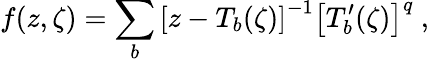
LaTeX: f(z,\zeta)=\sum_{b}\left[z-T_{b}(\zeta)\right]^{-1}\left[T_{b}^{\prime}(\zeta)\right]^{q}\ ,